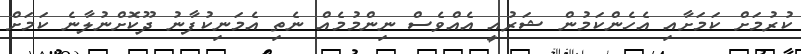
ކުރުމަށް ކަމަށާއި އެހެންކަމުން ޝަރުއީ އެއްވެސް ނިންމުމެއް ނެތި އެމަނިކުފާނު ދޫކޮށްނުލާނެ ކަމަށް